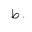
Letter: _da